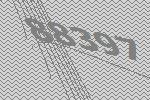
88397